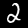
Label: 2